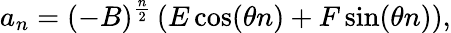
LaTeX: a_{n}=(-B)^{\frac{n}{2}}\left(E\cos(\theta n)+F\sin(\theta n)\right),